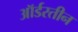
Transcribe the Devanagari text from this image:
ऑर्डरतीन